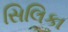
સિલિકા